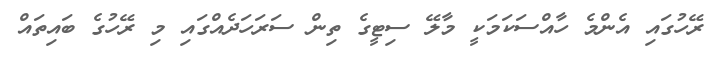
ރޭހުގައި އެންމެ ހާއްސަކަމަކީ މާލޭ ސިޓީގެ ތިން ސަރަހަދެއްގައި މި ރޭހުގެ ބައިތައް